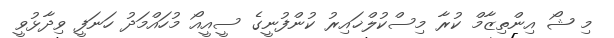
މި ޝޯ އިންތިޒާމް ކުރާ މިސްކުލްޚައިރު ކުންފުނީގެ ސީއީއޯ މުހައްމަދު ހަނަފީ ވިދާޅުވީ